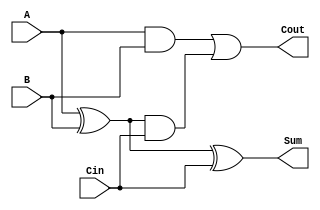
module TreeStructuredFullAdder (
    input wire A,      // First input bit
    input wire B,      // Second input bit
    input wire Cin,    // Carry-in bit
    output wire Sum,   // Sum output bit
    output wire Cout   // Carry-out bit
);

// Intermediate signals
wire S1;    // Sum output from the first half adder
wire C1;    // Carry output from the first half adder
wire C2;    // Carry output from the second half adder

// Half Adder 1: Computes S1 and C1
assign S1 = A ^ B; // S1 = A XOR B
assign C1 = A & B; // C1 = A AND B

// Half Adder 2: Computes Sum and C2
assign Sum = S1 ^ Cin; // Sum = S1 XOR Cin
assign C2 = S1 & Cin;  // C2 = S1 AND Cin

// Final Carry-out
assign Cout = C1 | C2; // Cout = C1 OR C2

endmodule